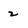
Character: 2